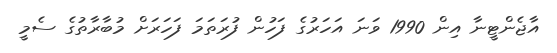
އާޖެންޓީނާ އިން 1990 ވަނަ އަހަރުގެ ފަހުން ފުރަތަމަ ފަހަރަށް މުބާރާތުގެ ސެމީ